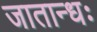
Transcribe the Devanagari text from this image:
जातान्धः